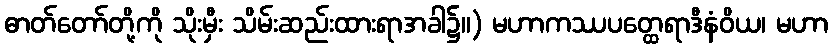
ဓာတ်တော်တို့ကို သိုးမှီး သိမ်းဆည်းထားရာအခါ၌။) မဟာကဿပတ္ထေရာဒီနံဝိယ၊ မဟာ